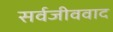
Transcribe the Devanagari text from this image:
सर्वजीववाद